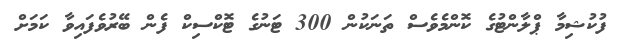
ފުކުޝިމާ ޕްލާންޓުގެ ކޮންމެވެސް ތަނަކުން 300 ޓަނުގެ ޓޮކްސިކް ފެން ބޭރުވެފައިވާ ކަމަށް